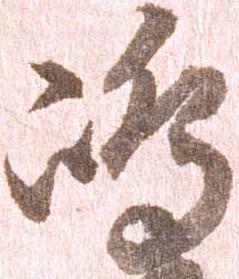
嶋